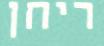
ריחן